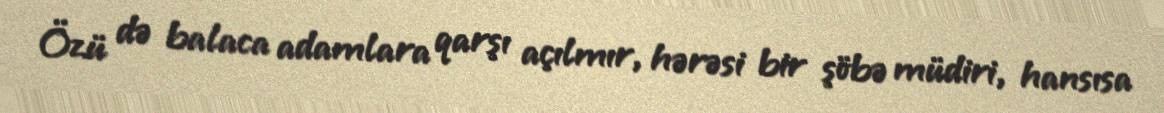
Özü də balaca adamlara qarşı açılmır, hərəsi bir şöbə müdiri, hansısa